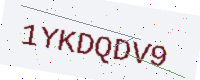
Text: 1YKDQDV9